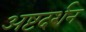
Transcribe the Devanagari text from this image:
अष्टदर्शन